Reports on dispensaries and lunatic asylums in the Province of Oudh - 1869-1876
Year: 1869
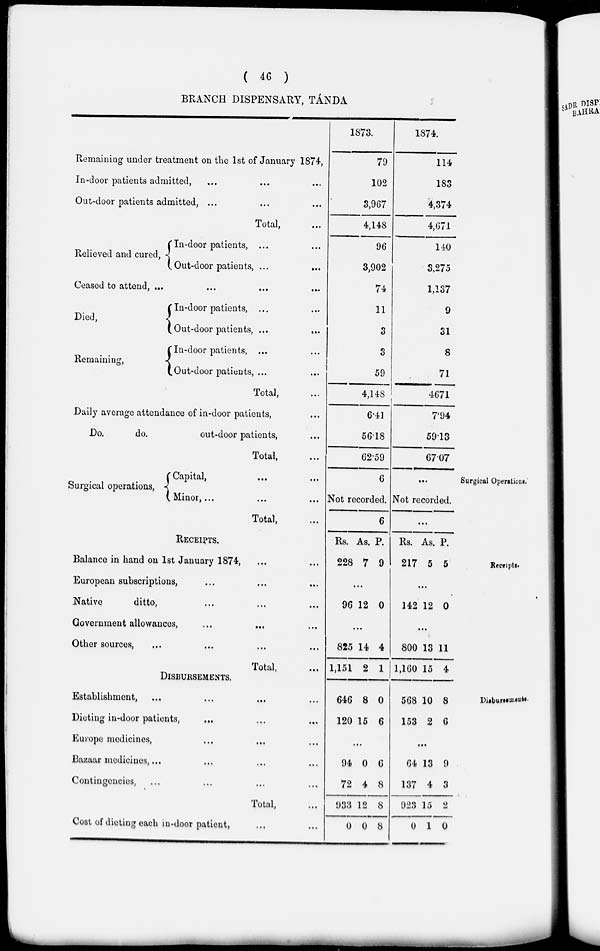
( 46 )
BRANCH DISPENSARY, TÁNDA
Remaining under treatment on the 1st of January 1874,
In-door patients admitted, ... ... ...
Out-door patients admitted, ... ... ...
Total, ...
Relieved and cured,
In-door patients, ... ...
Out-door patients,
...
...
Ceased to attend, ... ... ... ...
Died,
Remaining,
In-door patients, ... ...
Out-door patients, ... ...
In-door patients, ... ...
Out-door patients, ... ...
Total, ...
Daily average attendance of in-door patients, ...
Do.
do.
out-door patients, ...
Total, ...
1873.
79
102
3,967
4,148
96
3,902
74
11
3
3
59
4,148
6.41
56.18
62.59
1874.
114
183
4,374
4,671
140
3,275
1,137
9
31
8
71
4,671
7.94
59.13
67.07
Surgical Operations.
Surgical operations,
Capital, ... ...
Minor, ... ... ...
Total, ...
6
Not recorded.
6
...
Not recorded.
...
Receipts.
RECEIPTS.
Balance in hand on 1st January 1874,
European subscriptions, ... ...
Native
ditto, ... ... ...
Government allowances, ... ... ...
Other sources, ... ... ... ...
Total,
Rs.
228
As.
7
P.
9
...
96 12 0
...
825
1,151
14
2
4
1
Rs.
217
As.
5
P.
5
...
142 12 0
...
800
1,160
13
15
11
4
Disbursements.
DISBURSEMENTS.
Establishment, ... ... ... ...
Dieting in-door patients, ... ... ...
Europe medicines, ... ... ...
Bazaar medicines, ... ... ... ...
Contingencies, ... ... ... ...
Total, ...
Cost of dieting each in-door patient, ... ...
646
120
8
15
0
6
...
94
72
933
0
0
4
12
0
6
8
8
8
568
153
10
2
8
6
...
64
137
923
0
13
4
15
1
9
3
2
0